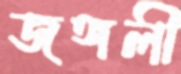
জঙ্গলী